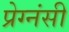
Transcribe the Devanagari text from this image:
प्रेग्नंसी